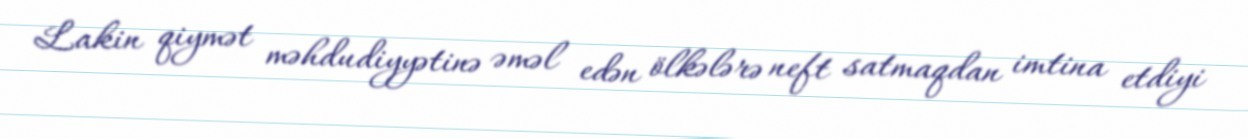
Lakin qiymət məhdudiyyətinə əməl edən ölkələrə neft satmaqdan imtina etdiyi